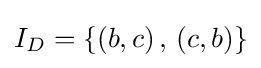
I_{D}=\{(b,c)\,,\,(c,b)\}